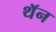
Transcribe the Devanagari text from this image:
थॅन